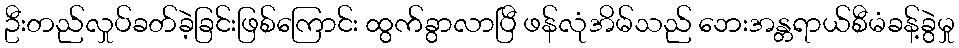
ဦးတည်လှုပ်ခတ်ခဲ့ခြင်းဖြစ်ကြောင်း ထွက်ခွာလာပြီ ဖန်လုံအိမ်သည် ဘေးအန္တရာယ်စီမံခန့်ခွဲမှု